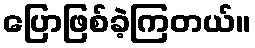
ပြောဖြစ်ခဲ့ကြတယ်။